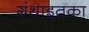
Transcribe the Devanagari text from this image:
ग्रंथाइतका